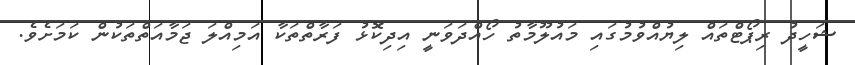
ޝަހީދު ރިޕޯޓްތައް ލިޔުއްވުމުގައި މައުލޫމާތު ހޯއްދަވަނީ އިދިކޮޅު ފަރާތްތަކާ އަމިއްލަ ޖަމާއަތްތަކުން ކަމަށެވެ.